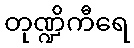
တုဏ္ဍိကီရေ